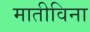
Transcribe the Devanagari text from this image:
मातीविना